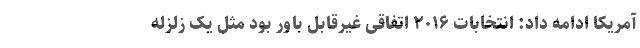
آمریکا ادامه داد: انتخابات ۲۰۱۶ اتفاقی غیرقابل باور بود مثل یک زلزله